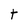
Character: t